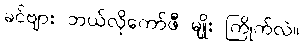
ခင်ဗျား ဘယ်လိုကော်ဖီ မျိုး ကြိုက်လဲ။